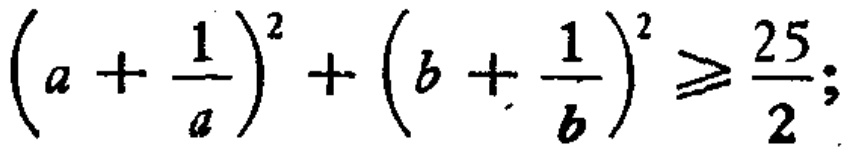
\(\left(a + \frac{1}{a}\right)^2 + \left(b + \frac{1}{b}\right)^2 \geq \frac{25}{2};\)